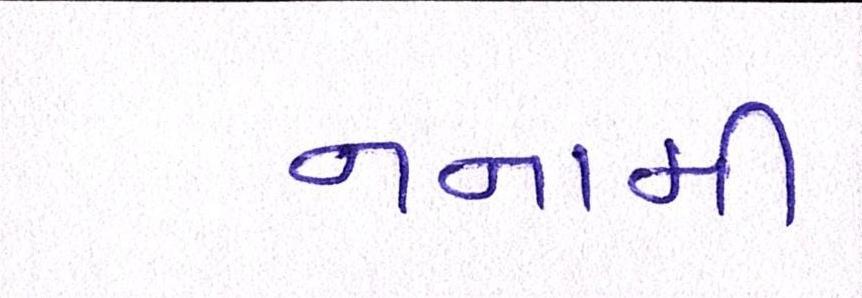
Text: નનામી